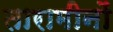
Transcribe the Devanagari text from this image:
तारामीनों